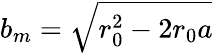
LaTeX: b_{m}=\sqrt{r_{0}^{2}-2r_{0}a}